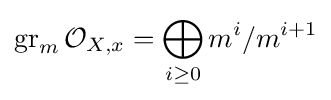
\operatorname {gr} _{m}{\mathcal {O}}_{X,x}=\bigoplus _{i\geq 0}m^{i}/m^{i+1}